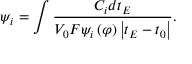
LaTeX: \psi _ { i } = \int \frac { C _ { i } d t _ { E } } { V _ { 0 } F \psi _ { i } \left( \varphi \right) \left| t _ { E } - t _ { 0 } \right| } .